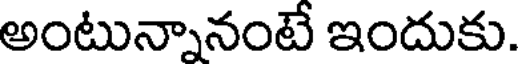
అంటున్నానంటే ఇందుకు.